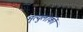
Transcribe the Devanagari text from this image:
मृत्युलोकीं